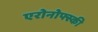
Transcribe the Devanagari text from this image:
एरोनोफ्स्की